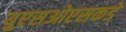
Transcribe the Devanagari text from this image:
युएसओएसकडे